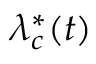
\lambda _ { c } ^ { * } ( t )